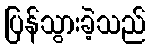
ပြန်သွားခဲ့သည်